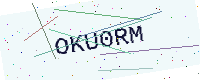
Text: OKU0RM